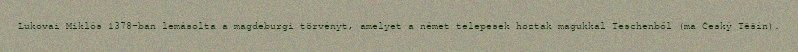
Lukovai Miklós 1378-ban lemásolta a magdeburgi törvényt, amelyet a német telepesek hoztak magukkal Teschenből (ma Český Těšín).